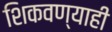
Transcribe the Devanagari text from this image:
शिकवण्याही